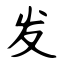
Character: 发